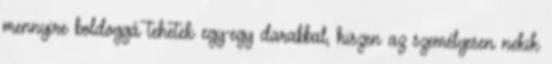
mennyire boldoggá tehetek egy-egy darabbal, hiszen az személyesen nekik